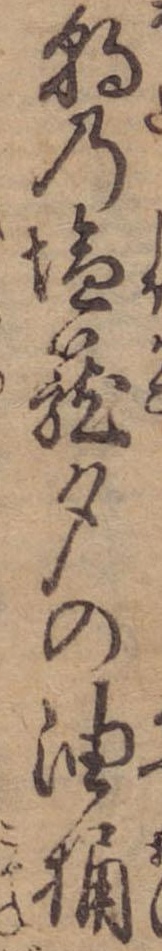
朝の塩篭夕の油桶